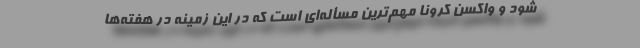
شود و واکسن کرونا مهم‌ترین مسأله‌ای است که در این زمینه در هفته‌ها